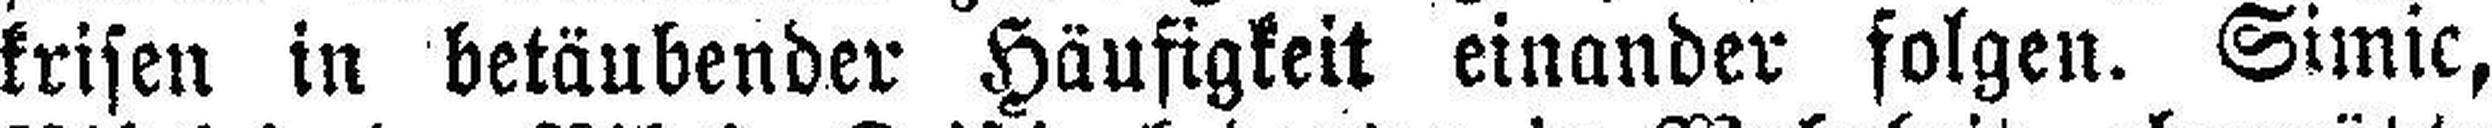
krisen in betäubender Häufigkeit einander folgen. Simic,